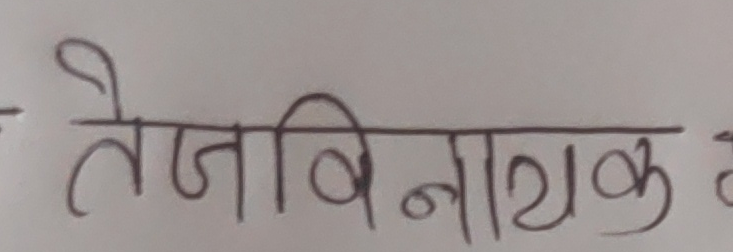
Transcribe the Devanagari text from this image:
तेजविनाशक क